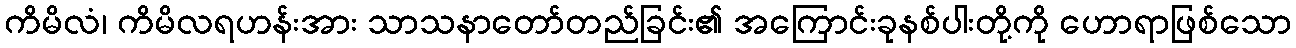
ကိမိလံ၊ ကိမိလရဟန်းအား သာသနာတော်တည်ခြင်း၏ အကြောင်းခုနစ်ပါးတို့ကို ဟောရာဖြစ်သော